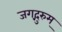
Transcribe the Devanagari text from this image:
जगद्गुरुम्